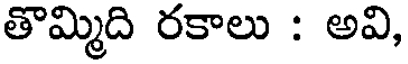
తొమ్మిది రకాలు : అవి,